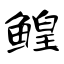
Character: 鳇